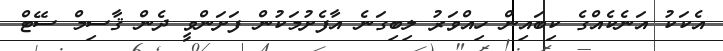
އެކަކު އަނެކެއްގެ ކިބައިން ހިއްވަރު ލިބިގަނެ އާފެށުމަކުން ފަށަންވީ ދެން ޤާސިމް ސޭޓް